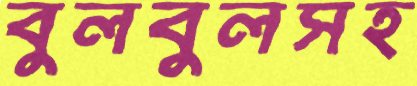
বুলবুলসহ